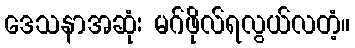
ဒေသနာအဆုံး မဂ်ဖိုလ်ရလွယ်လတံ့။